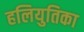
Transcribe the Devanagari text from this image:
हलियुतिका